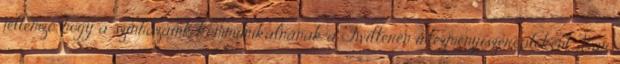
jellemző, hogy a színházaink kommunikálnának a Twitteren intézményiszereplőként. Bár